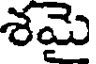
శమై